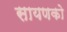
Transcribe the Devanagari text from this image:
सायणको